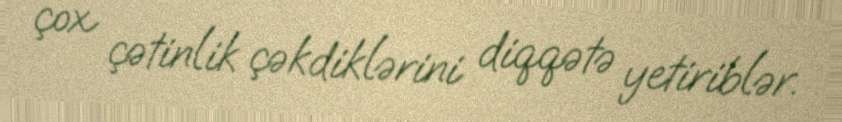
çox çətinlik çəkdiklərini diqqətə yetiriblər.